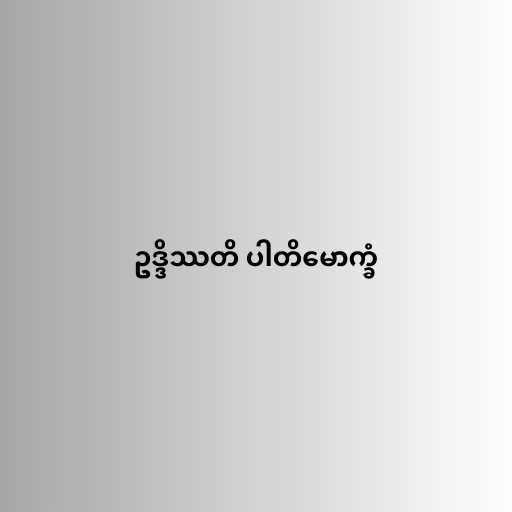
ဥဒ္ဒိဿတိ ပါတိမောက္ခံ